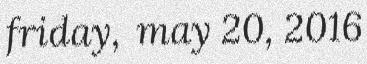
friday, may 20, 2016